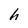
Character: h